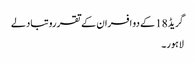
گریڈ18 کے دو افسران کے تقررو تبادلے
لاہور۔